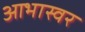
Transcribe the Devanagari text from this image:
आभास्वर